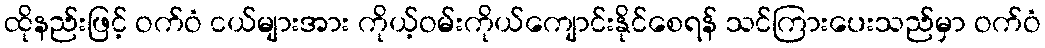
ထိုနည်းဖြင့် ဝက်ဝံ ငယ်များအား ကိုယ့်ဝမ်းကိုယ်ကျောင်းနိုင်စေရန် သင်ကြားပေးသည်မှာ ဝက်ဝံ